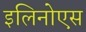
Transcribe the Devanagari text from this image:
इलिनोएस